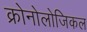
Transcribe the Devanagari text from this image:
क्रोनोलोजिकल